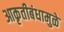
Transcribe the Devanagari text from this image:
आकृतीबंधामुळे